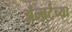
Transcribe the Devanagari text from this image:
ॲल्बर्टच्या